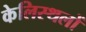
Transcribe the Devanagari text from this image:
केलिस्थलों